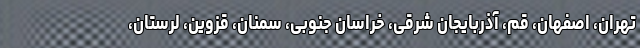
تهران، اصفهان، قم، آذربایجان شرقی، خراسان جنوبی، سمنان، قزوین، لرستان،